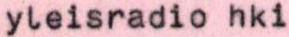
yleisradio hki